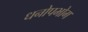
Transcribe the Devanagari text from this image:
धनोपभोग